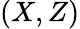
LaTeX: (X,Z)